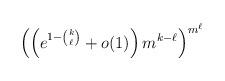
LaTeX: \begin{align*}\left(\left(e^{1-\binom{k}{\ell}}+o(1)\right)m^{k-\ell}\right)^{m^\ell}\end{align*}